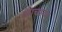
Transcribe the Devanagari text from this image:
आचायर्